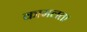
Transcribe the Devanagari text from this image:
कामलता